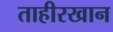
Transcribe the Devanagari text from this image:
ताहीरखान